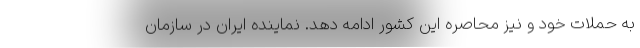
به حملات خود و نیز محاصره این کشور ادامه دهد. نماینده ایران در سازمان